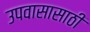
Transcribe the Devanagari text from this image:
उपवासासाठी